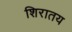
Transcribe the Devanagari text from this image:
शिरातय